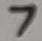
Text: 7